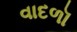
વાદળૉ